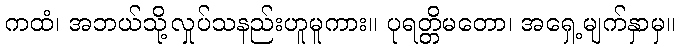
ကထံ၊ အဘယ်သို့လှုပ်သနည်းဟူမူကား။ ပုရတ္တိမတော၊ အရှေ့မျက်နှာမှ။